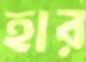
হার